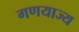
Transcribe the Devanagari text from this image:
गणयाज्य